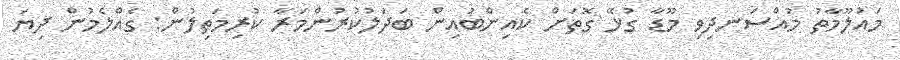
މައުލޫމާތު މުއްސަނދިވި މޫޑާ ގުޅޭ ގޮތަށް ކެއިންބުއިން ބަދަލުކުރުންމަރާ ކުރިމަތިލުން: ގެއްލެމުން ދިޔަ